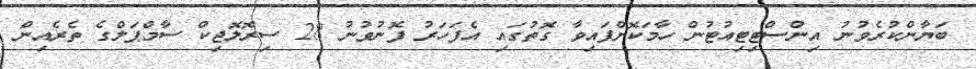
ބަޔާންކުރެވުނު އިންސްޓިޓިއުޓުން ހާމަކޮށްފައިވާ ގޮތުގައި އެފަހަރު ފޮނުވުނު 28 ސިރޮލޮޖިކް ސާމްޕަލްގެ ތެރެއިން